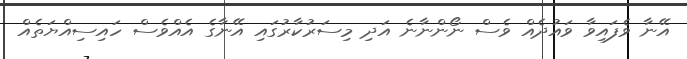
އޭނާ ވެފައިވާ ވައުދެއް ވެސް ނޯންނާނެ އަދި މިސަރުކާރުގައި އޭނާގެ އެއްވެސް ހައިސިއްޔަތެއް